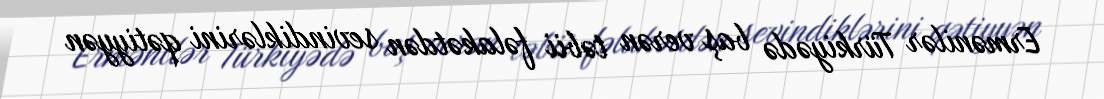
Ermənilər Türkiyədə baş verən təbii fəlakətdən sevindiklərini qətiyyən